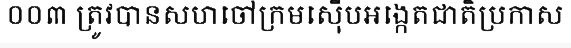
០០៣ ត្រូវបានសហចៅក្រមស៊ើបអង្កេតជាតិប្រកាស